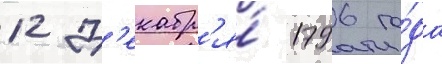
12 д'екабр'я́ 1796 го́да